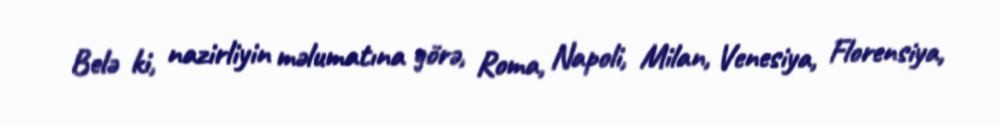
Belə ki, nazirliyin məlumatına görə, Roma, Napoli, Milan, Venesiya, Florensiya,